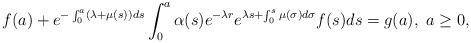
\begin{align*} f(a)+e^{-\int_0^a(\lambda+\mu(s))ds}\int_0^a\alpha(s)e^{-\lambda r}e^{\lambda s+\int_0^s\mu(\sigma)d\sigma}f(s)ds=g(a), \ a\geq 0,\end{align*}